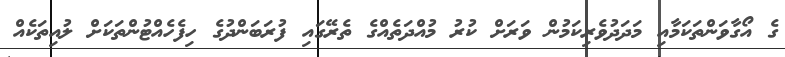
ގެ އޯގާވަންތަކަމާއި މަދަދުވެރިކަމުން ވަރަށް ކުރު މުއްދަތެއްގެ ތެރޭގައި ފުރަބަންދުގެ ހިފެހެއްޓުންތަކަށް ލުއިތަކެއް